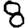
Digit: 8